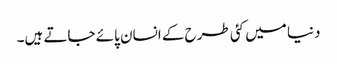
دنیا میں کئی طرح کے انسان پائے جاتے ہیں۔